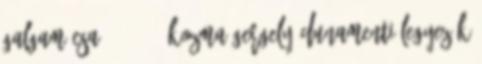
Galgamácsa 0 0 0 17 Kozma Gergely Dunamenti Legyezők